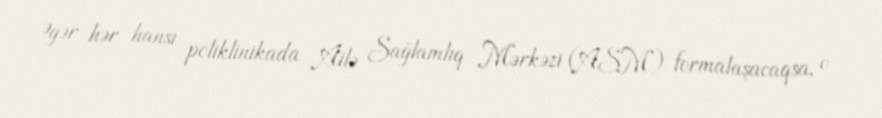
Əgər hər hansı poliklinikada Ailə Sağlamlıq Mərkəzi (ASM) formalaşacaqsa, o